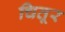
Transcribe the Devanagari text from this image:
चितूर